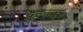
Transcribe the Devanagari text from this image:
इसफाहन